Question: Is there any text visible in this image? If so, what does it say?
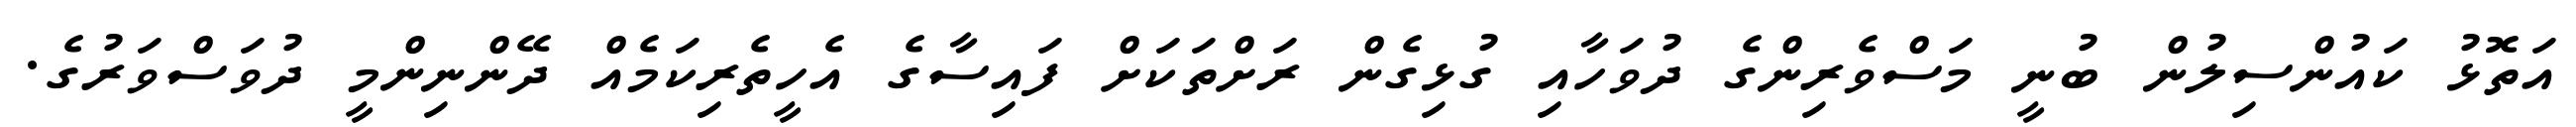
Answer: އަތޮޅު ކައުންސިލުން ބުނީ މަސްވެރިންގެ ދުވަހާއި ގުޅިގެން ރަށްތަކަށް ފައިސާގެ އެހީތެރިކަމެއް ދޭންނިންމީ ދުވަސްވަރުގެ.